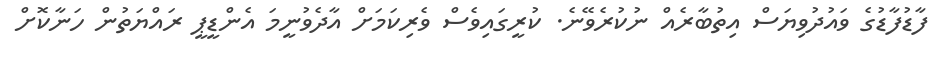
ފާޑުފާޑުގެ ވައުދުވިޔަސް އިތުބާރެއް ނުކުރެވޭނެ. ކުރީގައިވެސް ވެރިކަމަށް އާދެވުނީމަ އެންޑީޕީ ރައްޔަތުން ހަނާކޮށް